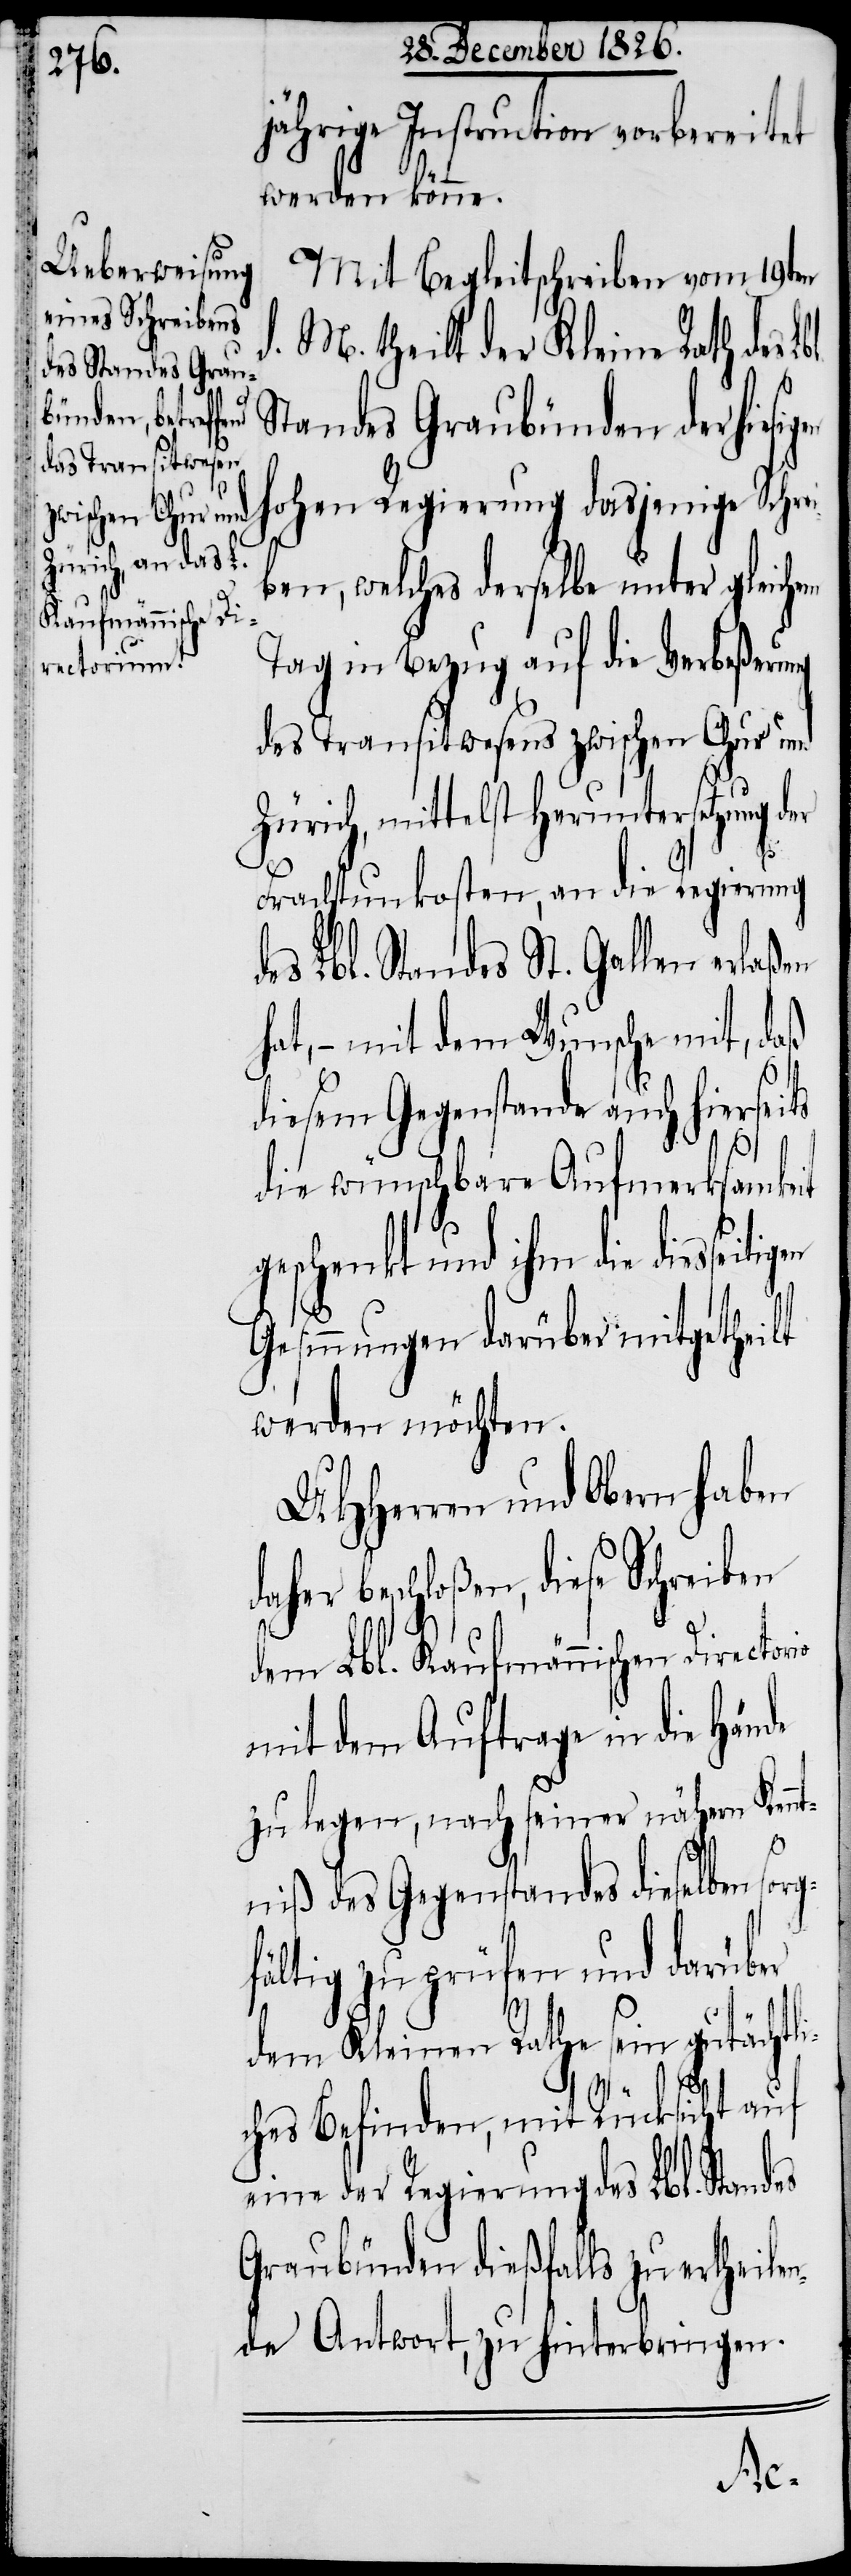
en

jährige Instruction vorbereitet
werden könne.
Mit Begleitschreiben vom 19ten
M. theilt der Kleine Rath des
Standes Graubünden der hie¬
hohen Regierung dasjenige Schre¬
iben, welches derselbe unter gleichem
Tag in Bezug auf die Verbeßerung
des Transitwesens zwischen Chur und
Zürich, mittelst Heruntersetzung der
Frachtunkosten, an die Regierung
des Lbl. Standes St. Gallen erlaßen
hat, – mit dem Wunsche mit, daß
diesem Gegenstande auch hiersei¬
es
die wünschbare Aufmerksamkeit
geschenkt und ihm die diesseitig¬
Gesinnungen darüber mitgetheilt
werden möchten.
UHHerren und Obern haben
her beschloßen, diese Schreiben
dem Lbl. Kaufmännischen Director¬
mit dem Auftrage in die Hände
zu legen, nach seiner nähern Kenn¬
tniß des Gegenstandes dieselben sorg¬
fältig zu prüfen und darüber
dem Kleinen Rathe sein gutächtli¬
ches Befinden, mit Rücksicht auf
eine der Regierung des Lbl. Stand¬
Graubünden dießfalls zu ertheile¬
nde Antwort, zu hinterbringen.
da¬